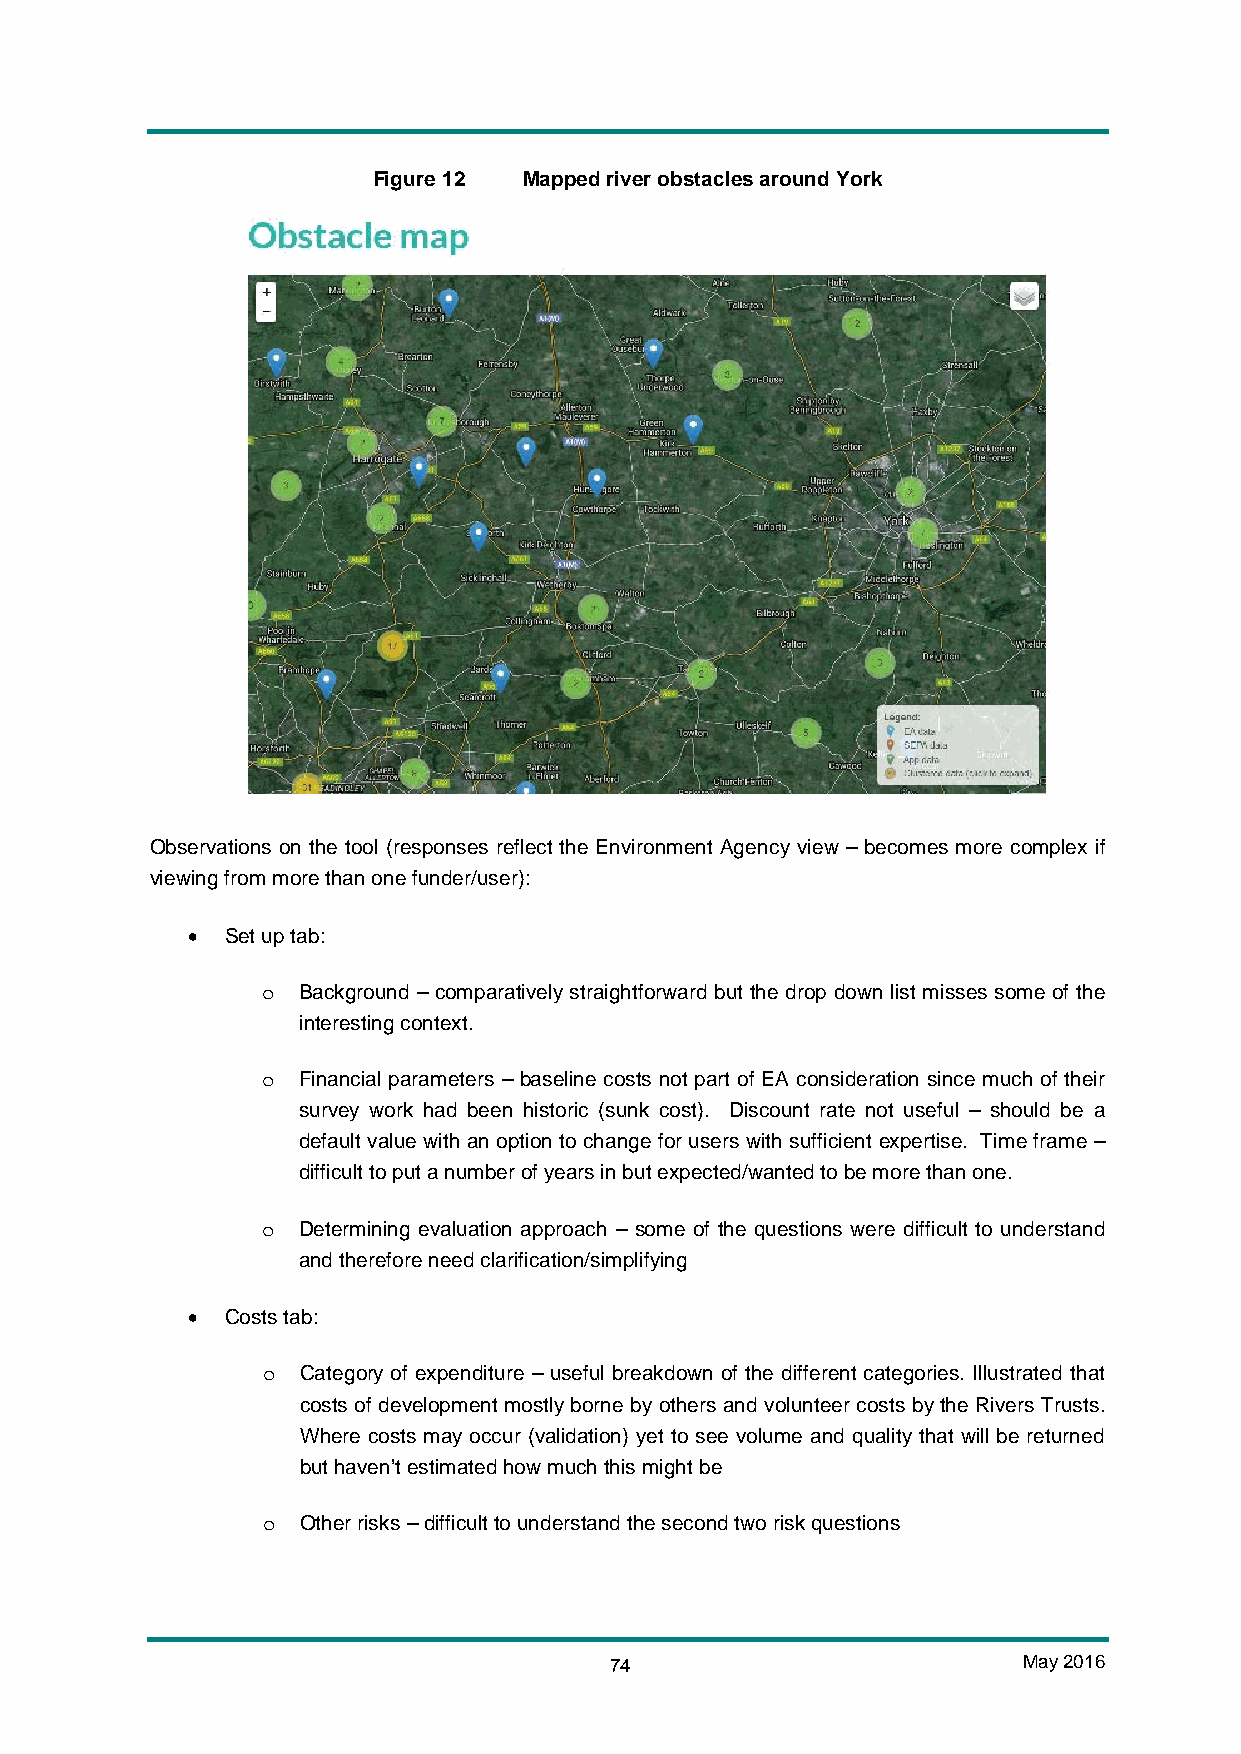
Figure 12 Mapped river obstacles around York
 Observations on the tool (responses reflect the Environment Agency view – becomes more complex if
 viewing from more than one funder/user):
 •  Set up tab:
 Background – comparatively straightforward but the drop down list misses some of the
 o
 interesting context.
 Financial parameters – baseline costs not part of EA consideration since much of their
 o
 survey work had been historic (sunk cost). Discount rate not useful – should be a
 default value with an option to change for users with sufficient expertise. Time frame –
 difficult to put a number of years in but expected/wanted to be more than one.
 Determining evaluation approach – some of the questions were difficult to understand
 o
 and therefore need clarification/simplifying
 •  Costs tab:
 Category of expenditure – useful breakdown of the different categories. Illustrated that
 o
 costs of development mostly borne by others and volunteer costs by the Rivers Trusts.
 Where costs may occur (validation) yet to see volume and quality that will be returned
 but haven’t estimated how much this might be
 Other risks – difficult to understand the second two risk questions
 o
 74                          May 2016